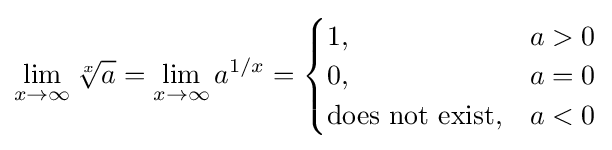
\lim _{x\to \infty }{\sqrt[{x}]{a}}=\lim _{x\to \infty }{a}^{1/x}={\begin{cases}1,&a>0\\0,&a=0\\{\text{does not exist}},&a<0\end{cases}}